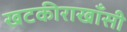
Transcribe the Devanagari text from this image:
खटकीराखाँसी